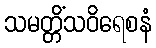
သမတ္တိံသဝိရေစနံ